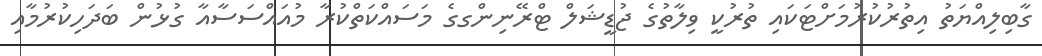
ގާބިލިއްޔަތު އިތުރުކުރުމަށްޓަކައި ތުރުކީ ވިލާތުގެ ޖުޑީޝަލް ޓްރޭނިންގގެ މަސައްކަތްކުރާ މުއައްސަސާއާ ގުޅުން ބަދަހިކުރުމާއި